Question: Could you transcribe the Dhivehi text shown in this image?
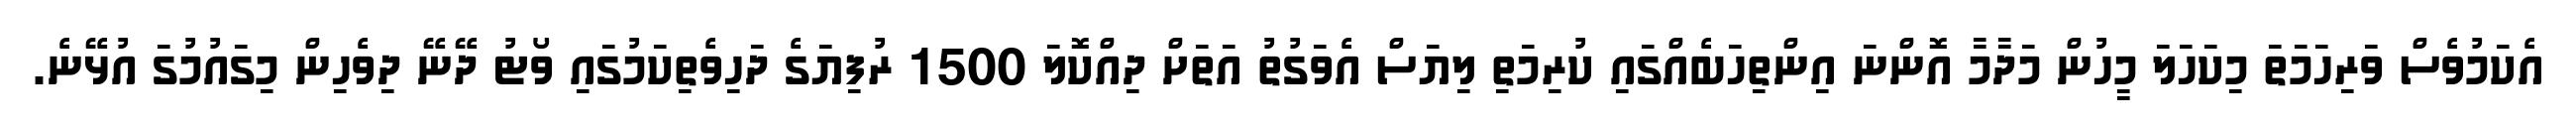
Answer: އެކަމުވެސް ވަރިހަމަތަ މިކަހަލަ މީހުން މަދާމާ އޮންނަ އިންތިހަބެއްގައި ކުރިމަތި ލިޔަސް އެވަގުތު އަތަށް ދިއްކޮލަ 1500 ރުފިޔަގެ ދަހިވެތިކަމުގައި ވޯޓު ދޭނޭ ދިވެހިން މިގައުމުގަ އުޅޭނެ.